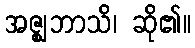
အဇ္ဈဘာသိ၊ ဆို၏။